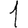
Digit: 1